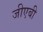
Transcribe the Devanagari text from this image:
जीएबी